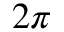
2 \pi